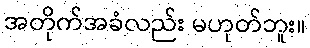
အတိုက်အခံလည်း မဟုတ်ဘူး။